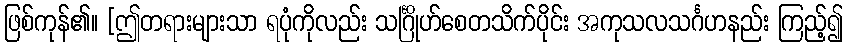
ဖြစ်ကုန်၏။ [ဤတရားများသာ ရပုံကိုလည်း သင်္ဂြိုဟ်စေတသိက်ပိုင်း အကုသလသင်္ဂဟနည်း ကြည့်၍